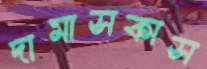
দামাসকাস